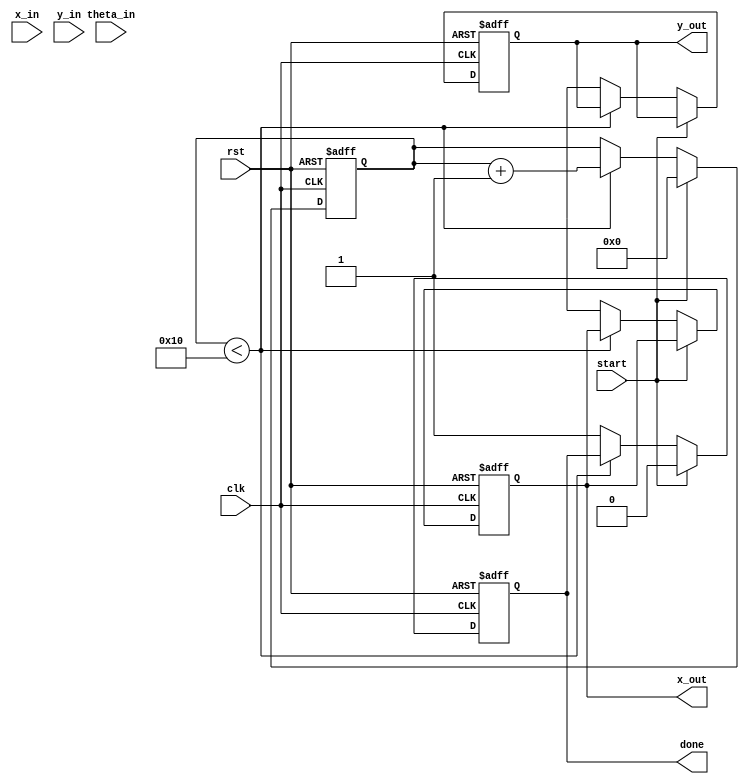
module cordic_rotational(
    input wire clk,
    input wire rst,
    input wire start,
    input wire signed [15:0] x_in,     // Input X coordinate
    input wire signed [15:0] y_in,     // Input Y coordinate
    input wire signed [15:0] theta_in,  // Input angle in radians (fixed-point)
    output reg signed [15:0] x_out,      // Output X' coordinate
    output reg signed [15:0] y_out,      // Output Y' coordinate
    output reg done                    // Signal when computation is done
);

    parameter ITERATIONS = 16; // Number of CORDIC iterations
    reg signed [15:0] x [0:ITERATIONS-1];  // X values for each iteration
    reg signed [15:0] y [0:ITERATIONS-1];  // Y values for each iteration
    reg signed [15:0] theta [0:ITERATIONS-1];  // Theta values for each iteration
    reg [3:0] iter;                       // Iteration counter
    reg [15:0] angle_lookup [0:ITERATIONS-1]; // Lookup table for angles

    // Scale factor for the CORDIC algorithm
    parameter SCALE_FACTOR = 16'h26DD; // Precomputed scaling factor

    // Initial values and setup
    initial begin
        angle_lookup[0] = 16'h2000; // atan(2^-0)
        angle_lookup[1] = 16'h199A; // atan(2^-1)
        angle_lookup[2] = 16'h1333; // atan(2^-2)
        angle_lookup[3] = 16'h0F33; // atan(2^-3)
        angle_lookup[4] = 16'h0C16; // atan(2^-4)
        angle_lookup[5] = 16'h0A3D; // atan(2^-5)
        angle_lookup[6] = 16'h08B0; // atan(2^-6)
        angle_lookup[7] = 16'h0672; // atan(2^-7)
        angle_lookup[8] = 16'h04B5; // atan(2^-8)
        angle_lookup[9] = 16'h036D; // atan(2^-9)
        angle_lookup[10] = 16'h0289; // atan(2^-10)
        angle_lookup[11] = 16'h01CB; // atan(2^-11)
        angle_lookup[12] = 16'h0134; // atan(2^-12)
        angle_lookup[13] = 16'h0099; // atan(2^-13)
        angle_lookup[14] = 16'h004D; // atan(2^-14)
        angle_lookup[15] = 16'h0026; // atan(2^-15)
    end

    // Main process
    always @(posedge clk or posedge rst) begin
        if (rst) begin
            x_out <= 0;
            y_out <= 0;
            done <= 0;
            iter <= 0;
        end else if (start) begin
            // Initialize the input coordinates
            x[0] <= x_in;
            y[0] <= y_in;
            theta[0] <= theta_in;
            iter <= 0;
            done <= 0;
        end else if (iter < ITERATIONS) begin
            // Perform CORDIC iteration
            if (theta[iter][15] == 1'b1) begin
                x[iter + 1] <= x[iter] + (y[iter] >>> iter);
                y[iter + 1] <= y[iter] - (x[iter] >>> iter);
                theta[iter + 1] <= theta[iter] + angle_lookup[iter];
            end else begin
                x[iter + 1] <= x[iter] - (y[iter] >>> iter);
                y[iter + 1] <= y[iter] + (x[iter] >>> iter);
                theta[iter + 1] <= theta[iter] - angle_lookup[iter];
            end
            iter <= iter + 1;
        end else begin
            // Final output
            x_out <= x[ITERATIONS];
            y_out <= y[ITERATIONS];
            done <= 1; // Indicate computation is done
        end
    end

endmodule